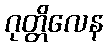
ဂုတ္တိလေန